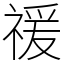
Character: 禐